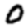
Digit: 0